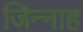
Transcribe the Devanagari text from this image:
जिन्‍नाह